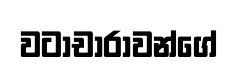
වටාචාරාවන්ගේ